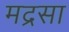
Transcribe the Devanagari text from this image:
मद्रसा